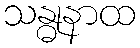
သန္ဓုနာထ